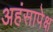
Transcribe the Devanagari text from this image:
अहंसापेक्ष